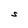
Character: S